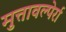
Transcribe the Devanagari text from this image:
मुत्तावल्पेर्रा